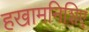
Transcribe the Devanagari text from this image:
हखामनिशिए